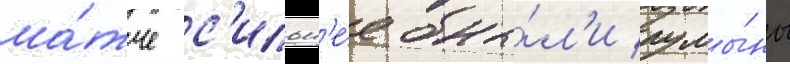
ма́тче с'ильн'е́е бы́л'и румы́ны